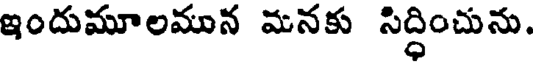
ఇందుమూలమున మనకు సిద్ధించును.